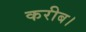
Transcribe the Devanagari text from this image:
करीब।